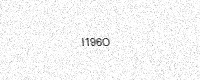
Text: I196O